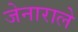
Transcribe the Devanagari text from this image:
जेनाराले